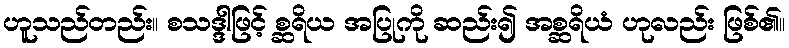
ဟူသည်တည်း။ စသဒ္ဒါဖြင့် စ္ဆရိယ အပြုကို ဆည်း၍ အစ္ဆရိယံ ဟုလည်း ဖြစ်၏။